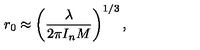
r _ { 0 } \approx \left( \frac { \lambda } { 2 \pi I _ { n } M } \right) ^ { 1 / 3 } ,